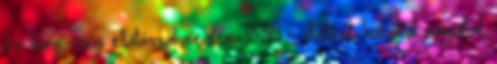
és sürgősségi ellátással segíteni. 13:39 - Autókat, házakat rongáltak